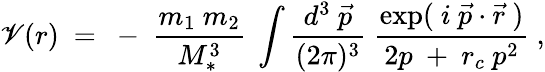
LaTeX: \mathscr{V}(r)~=~-~{\frac{{m_{1}~m_{2}}}{{M_{*}^{3}}}}~\int{\frac{{d^{3}~\vec{{p}}}}{{(2\pi)^{3}}}}~{\frac{{\exp(~i~\vec{{p}}\cdot\vec{{r}}~)}}{{2p~+~r_{c}~{p}^{2}}}}~,